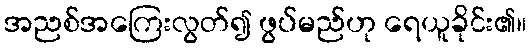
အညစ်အကြေးလွတ်၍ ဖွပ်မည်ဟု ရေယူခိုင်း၏။